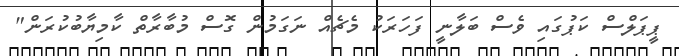
ޕީޕަލްސް ކަޕުގައި ވެސް ބަލާނީ ފަހަރަކު މެޗެއް ނަގަމުން ގޮސް މުބާރާތް ކާމިޔާބުކުރަން"